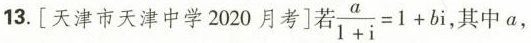
13.[天津市天津中学2020月考] 若 $$\frac { a } { 1 + i } = 1 + b i$$ ，其中a，